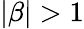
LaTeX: |\beta|>1